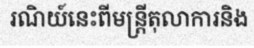
រណិយ៍នេះពីមន្ត្រីតុលាការនិង